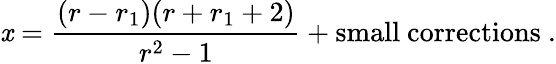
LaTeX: \mathit{x}=\frac{{(r-r_{1})(r+r_{1}+2)}}{{r^{2}-1}}+\mathrm{{small~corrections}}\ .